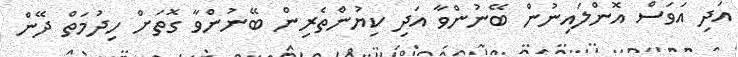
އަދި އަވަސް އޮންލައިނުން ބޭނުންވާ އަދި ކިޔުންތެރިން ބޭނުންވާ ގޮތަށް ހިދުމަތް ދޭން